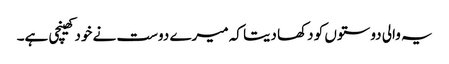
یہ والی دوستوں کو دکھا دیتا کہ میرے دوست نے خود کھینچی ہے۔